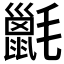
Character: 𣰫